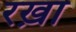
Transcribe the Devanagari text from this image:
रख़ा